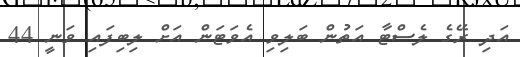
އަދި ރޭގެ ލެސްޓާ އަތުން ބަލިވި އެވަޓަން އަށް ލިބިފައި ވަނީ 44